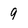
Character: 9